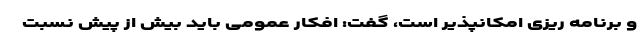
و برنامه ریزی امکانپذیر است، گفت: افکار عمومی باید بیش از پیش نسبت